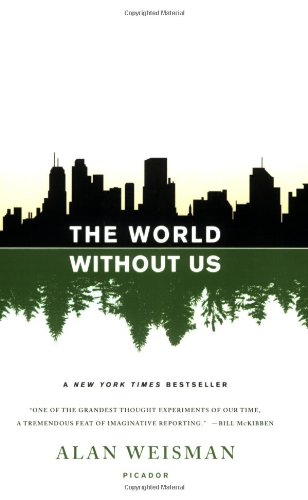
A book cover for The World Without Us; Alan Weisman; Science & Math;